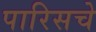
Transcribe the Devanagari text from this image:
पारिसचे